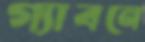
গ্যাবনে